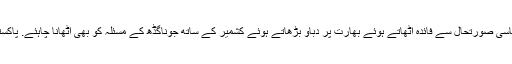
حکومت پاکستان کو اس وقت کی موجودہ سیاسی صورتحال سے فائدہ اٹھاتے ہوئے بھارت پر دباؤ بڑھاتے ہوئے کشمیر کے ساتھ جوناگڈھ کے مسئلہ کو بھی اٹھانا چاہئے. پاکستان میں جونا گڑھ کی کئی برادریاں مقیم ہیں۔